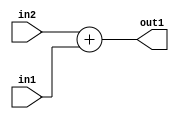
`timescale 1ps / 1ps
/*****************************************************************************
    Verilog RTL Description
    
    
    Created by: Stratus DpOpt 2019.1.01 
*******************************************************************************/

module GaussianFilter_Add_4Ux2U_4U_1 (
	in2,
	in1,
	out1
	); /* architecture "behavioural" */ 
input [3:0] in2;
input [1:0] in1;
output [3:0] out1;
wire [3:0] asc001;

assign asc001 = 
	+(in2)
	+(in1);

assign out1 = asc001;
endmodule

/* CADENCE  ubDzTAg= : u9/ySgnWtBlWxVPRXgAZ4Og= ** DO NOT EDIT THIS LINE ******/